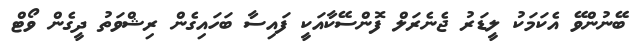
ބޭނުންވޭ އެކަމަކު ލީޑަރު ޖެނެރަލް ފޮންސޭކާއަކީ ފައިސާ ބަހައިގެން ރިޝްވަތު ދީގެން ވޯޓް